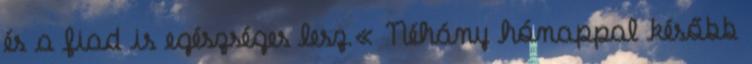
és a fiad is egészséges lesz.« Néhány hónappal később